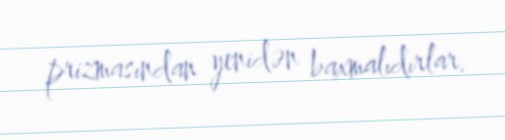
prizmasından yenidən baxmalıdırlar.